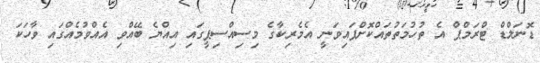
ޑޮނަލްޑް ޓްރަމްޕް އެ ތުހުމަތުތައްކޮށްފައިވަނީ އެމެރިކާގެ މިސިއްސިޕީގައި އިއްޔެ ބޭއްވި އެއްވުމެއްގައި ވާހަކަ